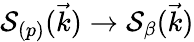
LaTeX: {\cal S}_{(p)}(\vec{k})\to{\cal S}_{\beta}(\vec{k})